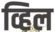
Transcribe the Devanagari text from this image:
व्हिल